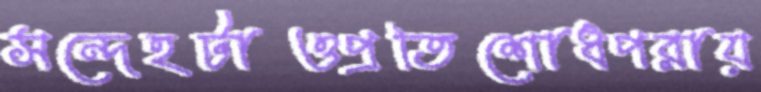
সন্দেহটাওপ্রতিশোধপরায়